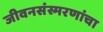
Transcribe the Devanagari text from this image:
जीवनसंस्मरणांचा